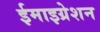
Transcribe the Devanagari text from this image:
ईमाइग्रेशन